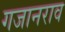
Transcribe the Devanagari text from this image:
गजानराव